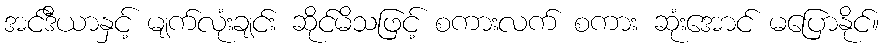
အင်ဒီယာနှင့် မျက်လုံးချင်း ဆိုင်မိသဖြင့် စကားလက် စကား ဆုံးအောင် မပြောနိုင်။